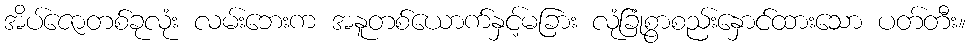
အိပ်ဇောတစ်ခုလုံး လမ်းဘေးက အနူတစ်ယောက်နှင့်မခြား လုံခြုံစွာစည်းနှောင်ထားသော ပတ်တီး။